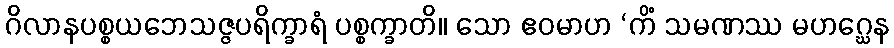
ဂိလာနပစ္စယဘေသဇ္ဇပရိက္ခာရံ ပစ္စက္ခာတိ။ သော ဧဝမာဟ ‘ကိံ သမဏဿ မဟဂ္ဃေန